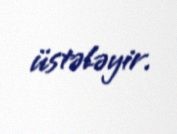
üstələyir.